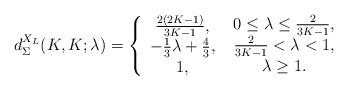
LaTeX: \begin{align*}d_\Sigma ^{{X_L}}(K,K;\lambda ) = \left\{ {\begin{array}{*{20}{c}}{{\textstyle{{2(2K - 1)} \over {3K - 1}}},}\\{ - {\textstyle{1 \over 3}}\lambda + {\textstyle{4 \over 3}},}\\{1,}\end{array}} \right.\begin{array}{*{20}{c}}{0 \le \lambda \le {\textstyle{2 \over {3K - 1}}},}\\{{\textstyle{2 \over {3K - 1}}} < \lambda < 1,}\\{\lambda \ge 1.}\end{array}\end{align*}